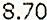
8.70